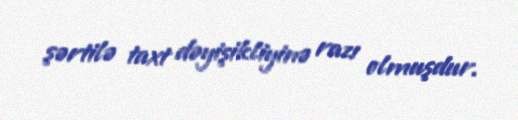
şərtilə taxt dəyişikliyinə razı olmuşdur.